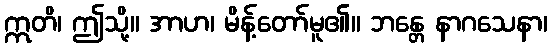
ဣတိ၊ ဤသို့။ အာဟ၊ မိန့်တော်မူ၏။ ဘန္တေ နာဂသေနာ၊